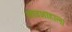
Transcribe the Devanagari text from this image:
बादशाहाला